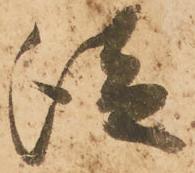
従